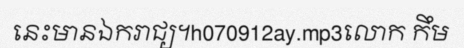
នេះមានឯករាជ្យ។h070912ay.mp3លោក កឹម